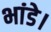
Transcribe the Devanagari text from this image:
भांडे।